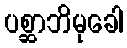
ပစ္ဆာဘိမုခေါ